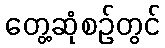
တွေ့ဆုံစဉ်တွင်